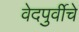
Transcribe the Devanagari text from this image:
वेदपुर्वीचे